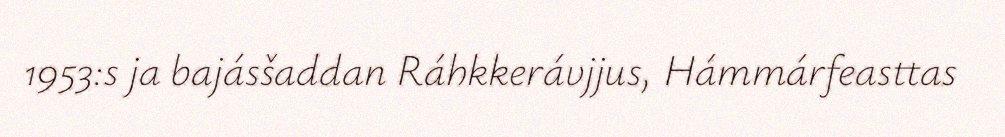
1953:s ja bajásšaddan Ráhkkerávjjus, Hámmárfeasttas